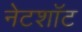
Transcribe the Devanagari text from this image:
नेटशॉट